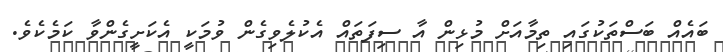
ބައެއް ބަސްތަކުގައި ތިމާއަށް މުޅިން އާ ސިފަތައް އެކުލެވިގެން ވުމަކީ އެކަށީގެންވާ ކަމެކެވެ.